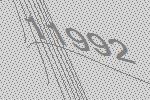
11992